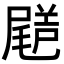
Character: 𡳗